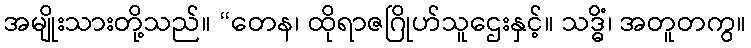
အမျိုးသားတို့သည်။ “တေန၊ ထိုရာဇဂြိုဟ်သူဌေးနှင့်။ သဒ္ဓိံ၊ အတူတကွ။